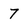
Character: 7